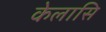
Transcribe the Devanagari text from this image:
केलासि